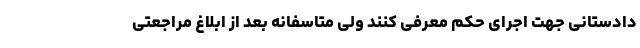
دادستانی جهت اجرای حکم معرفی کنند ولی متاسفانه بعد از ابلاغ مراجعتی